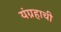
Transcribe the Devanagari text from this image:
यंग्रहाची